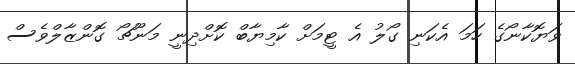
ވަޔޮކާނޯގެ ހަމަ އެކަނި ގޯލު އެ ޓީމަށް ކާމިޔާބް ކޮށްދިނީ މަނޫޗޯ ގޮންޒާލްވެސް